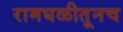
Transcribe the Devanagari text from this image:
रामघळीतूनच